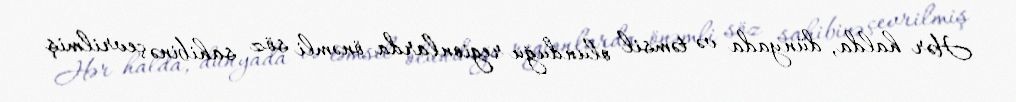
Hər halda, dünyada və təmsil olunduğu regionlarda önəmli söz sahibinə çevrilmiş